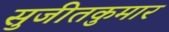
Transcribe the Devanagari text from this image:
सुजीतकुमार